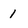
Character: 1